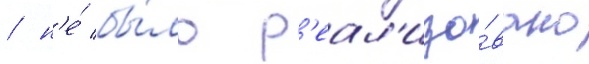
/ н'е́ бы́ло р'еал'изо́вано